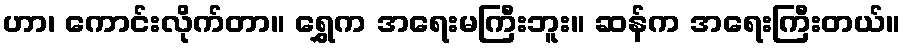
ဟာ၊ ကောင်းလိုက်တာ။ ရွှေက အရေးမကြီးဘူး။ ဆန်က အရေးကြီးတယ်။